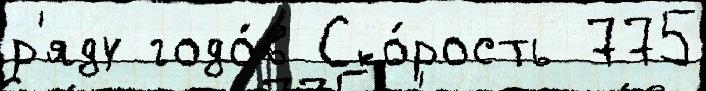
р'яду годо́в Ско́рость 775